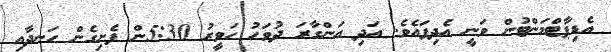
އެޑިޕާޓްމަންޓުން ވަނީ އެދިފައެވެ. އަދި އަންގާރަ ދުވަހު ހަވީރު 5:30ން ފެށިގެން ހަނދާއި